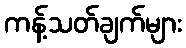
ကန့်သတ်ချက်များ